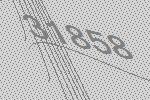
31858